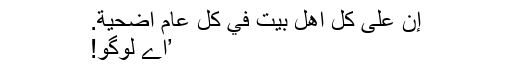
إِنَّ عَلٰى كُلِّ اَهْلِ بَيْتٍ فِي كُلِّ عَامٍ اُضْحِيَّةً.
’اے لوگو!